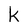
Character: k